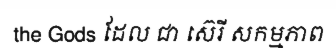
the Gods ដែល ជា ស៊េរី សកម្មភាព